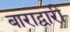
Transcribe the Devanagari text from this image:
बाराद्वारी